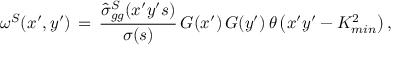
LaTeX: \omega ^ { S } ( x ^ { \prime } , y ^ { \prime } ) \, = \, \frac { \hat { \sigma } _ { g g } ^ { S } ( x ^ { \prime } y ^ { \prime } s ) } { \sigma ( s ) } \, G ( x ^ { \prime } ) \, G ( y ^ { \prime } ) \, \theta \left( x ^ { \prime } y ^ { \prime } - K _ { m i n } ^ { 2 } \right) ,